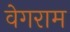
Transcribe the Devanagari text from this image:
वेगराम